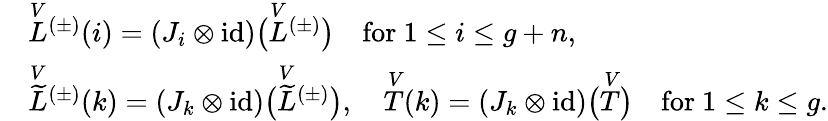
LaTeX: \begin{array}{rl}&{\overset{V}{L}{^{(\pm)}}(i)=(J_{i}\otimes\mathrm{id})\bigl(\overset{V}{L}{^{(\pm)}}\bigr)\quad\mathrm{for~}1\leq i\leq g+n,}\\ &{\overset{V}{\widetilde{L}}{^{(\pm)}}(k)=(J_{k}\otimes\mathrm{id})\bigl(\overset{V}{\widetilde{L}}{^{(\pm)}}\bigr),\quad\overset{V}{T}(k)=(J_{k}\otimes\mathrm{id})\bigl(\overset{V}{T}\bigr)\quad\mathrm{for~}1\leq k\leq g.}\end{array}